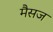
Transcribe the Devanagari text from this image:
मैसज